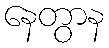
နေတွာန